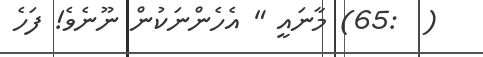
(  :65) މާނައީ " އެހެންނަކުން ނޫނެވެ! ފަހެ